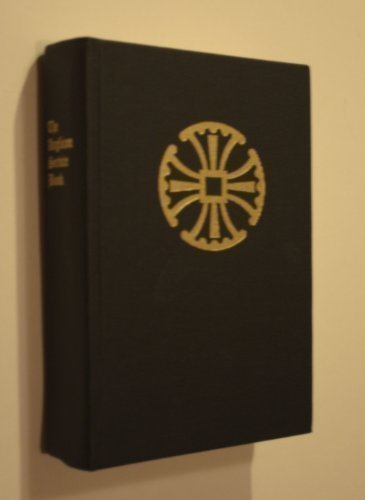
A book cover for The Anglican Service Book: A Traditional Language Adaptation of the 1979 Book of Common Prayer Together With the Psalter or Psalms of David & Additional Devotations; No author; Christian Books & Bibles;